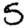
Digit: 5